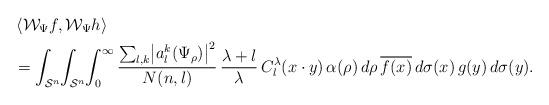
LaTeX: \begin{align*}&\left<\mathcal W_\Psi f,\mathcal W_\Psi h\right>\\&=\int_{\mathcal S^n}\!\int_{\mathcal S^n}\!\int_0^\infty \frac{\sum_{l,k}\bigl|a_l^k(\Psi_\rho)\bigr|^2}{N(n,l)}\,\frac{\lambda+l}{\lambda}\,C_l^\lambda(x\cdot y)\,\alpha(\rho)\,d\rho\,\overline{f(x)}\,d\sigma(x)\,g(y)\,d\sigma(y).\end{align*}